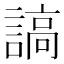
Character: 謞